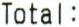
TOTAL: